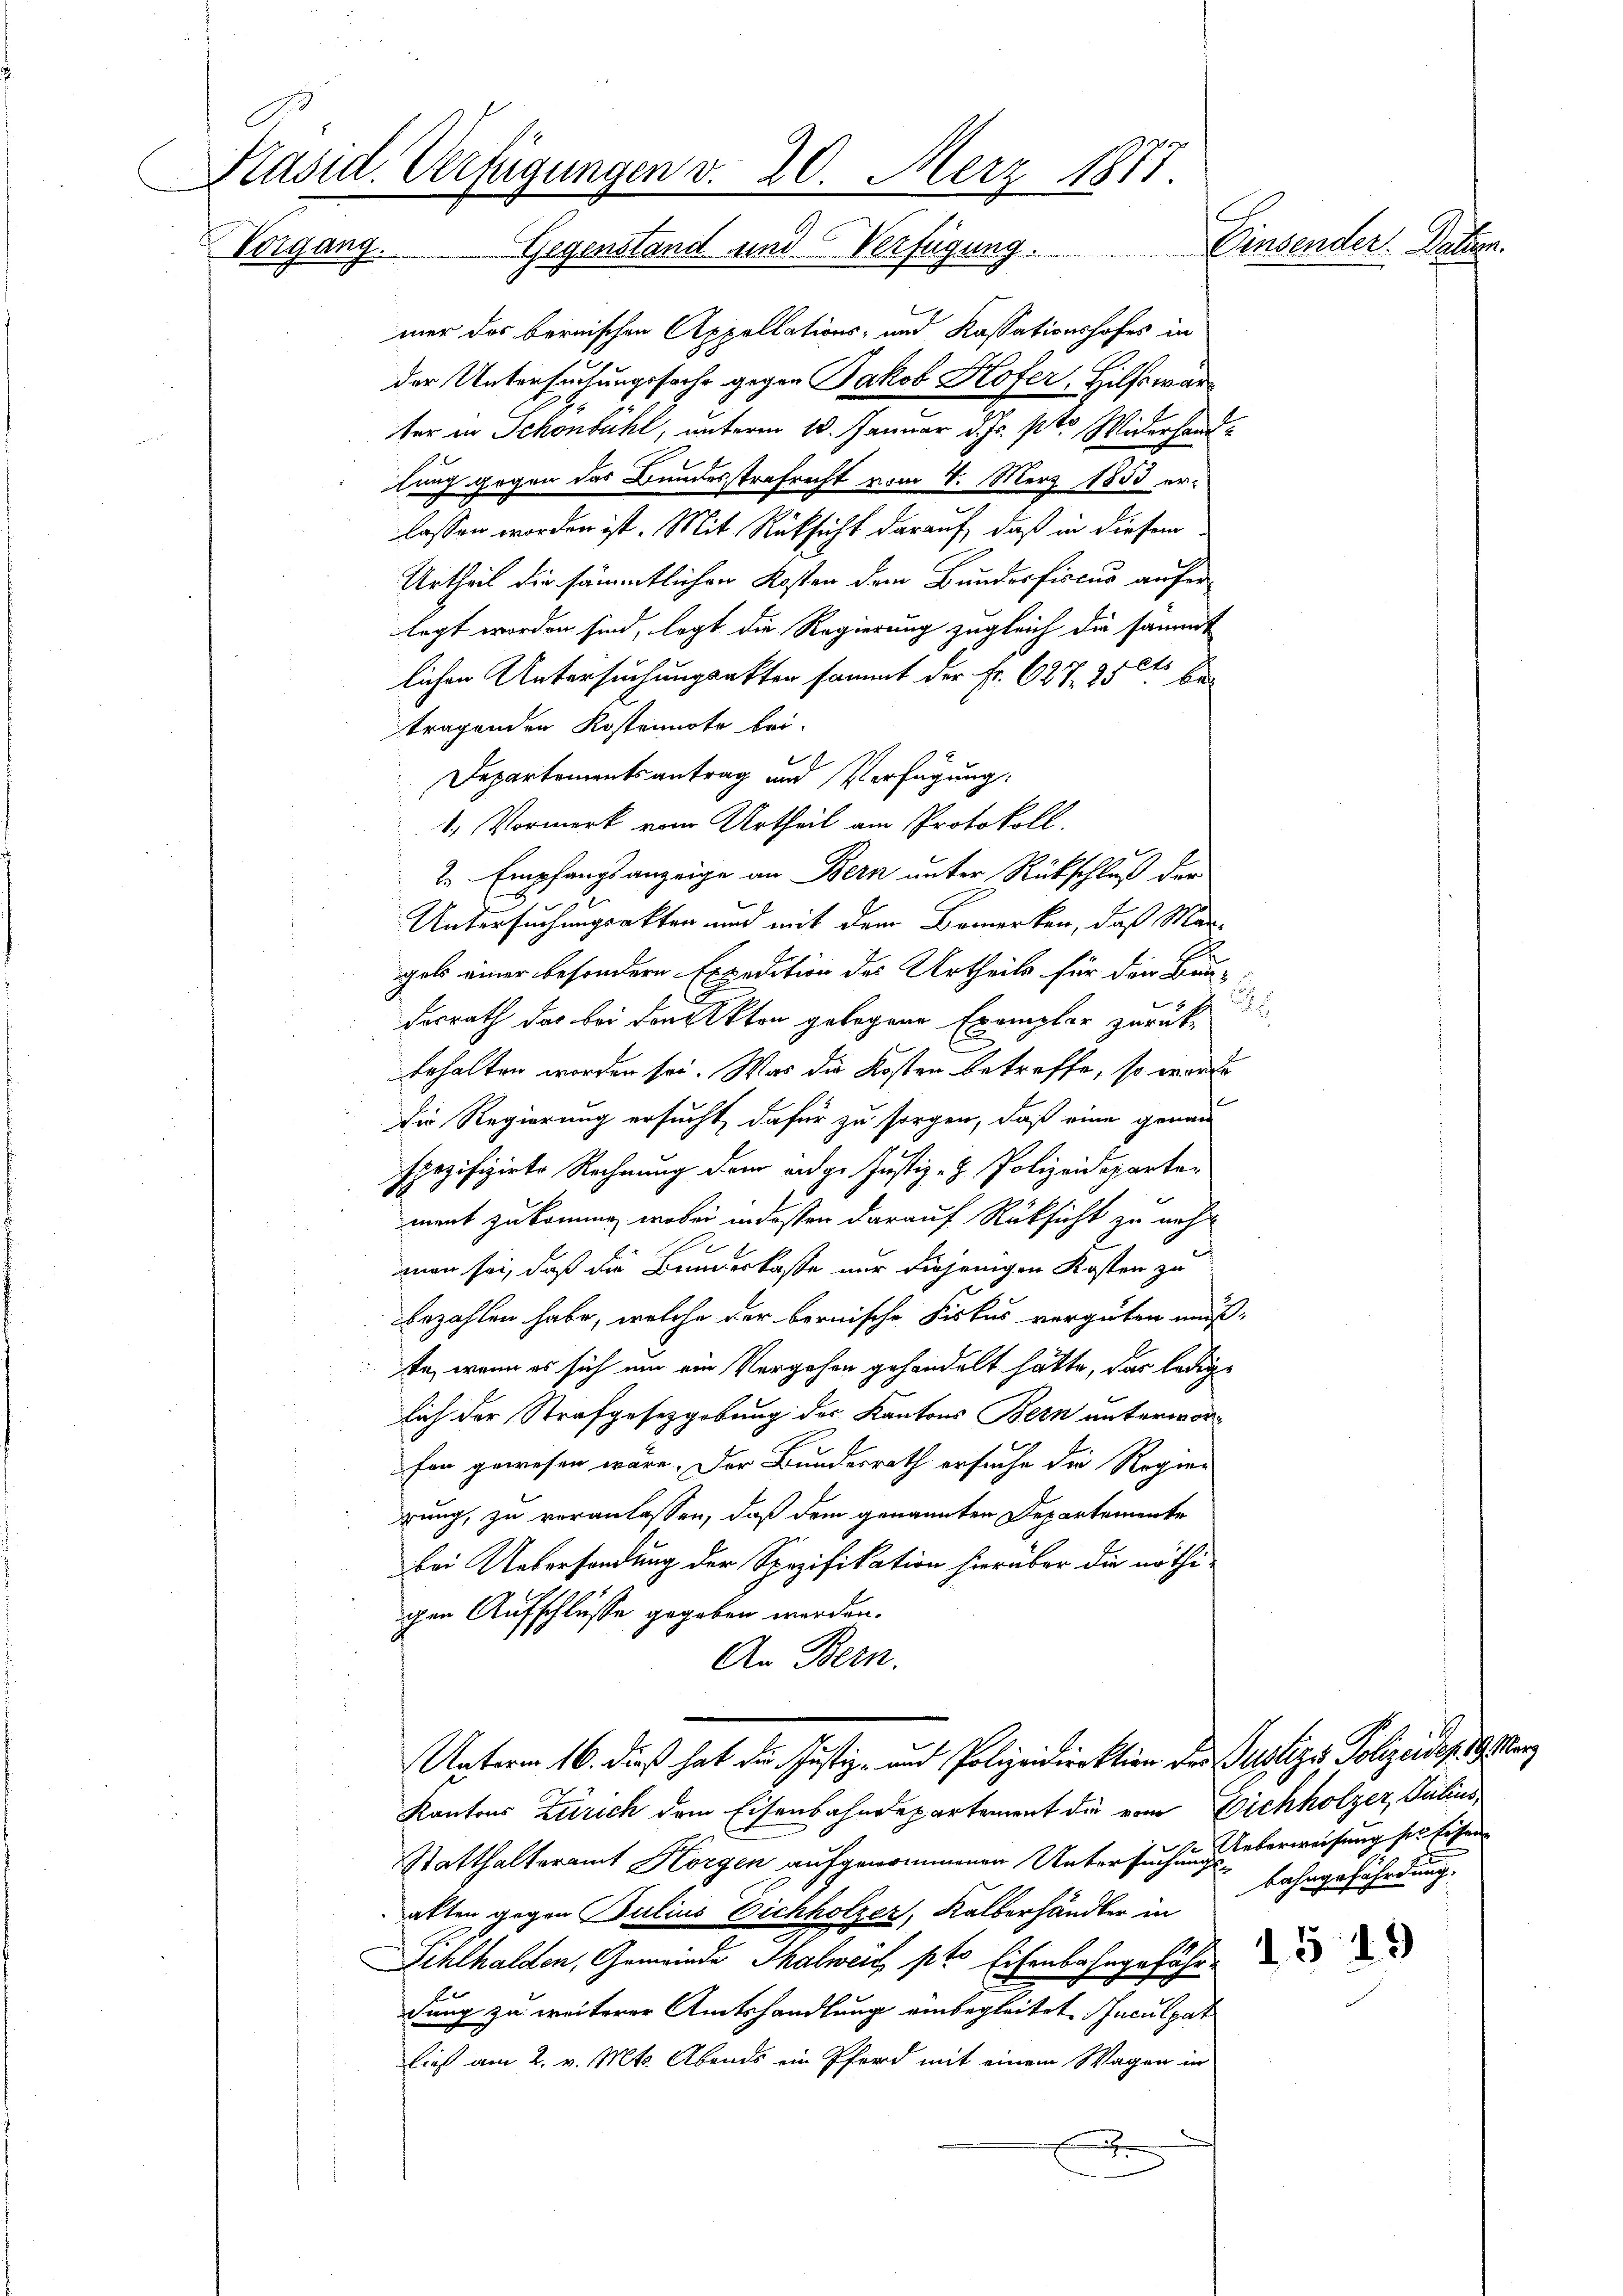
C
Präsid. Verfügungen v. 20. Merz 1877.
Vorgang. Gegenstand und Verfügung. Einsender. Datum.

mer das bernischen Appellations- und Kassationshofes in
der Untersuchungssache gegen Jakob Hofer, Hilfswärter in Schönbühl, unterm 10. Januar d. Js. pto Widerhandlung gegen das Bundesstrafrecht vom 4. März 1853 erlassen worden ist. Mit Rücksicht darauf, daß in diesem
Urtheil die sämmtlichen Kosten dem Bunderfiscus auferlegt worden sind, legt die Regierung zugleich die sämmt
lichen Untersuchungsakter sammt der Fr. 627. 25 t betragenden Kostennote bei.
e
Departementsantrag und Verfügung:
1.) Vormerk vom Urtheil am Protokoll.
2. Empfangsanzeige an Bern unter Rückschluß der
Untersuchungsakten und mit dem Bemerken, daß Margeli einer besondern Expedition des Urtheils für die Bau-
dorrath das bei den Akten gelegene Exemplar zurückbehalten worden sei. Was die Kosten betreffe, so werde
Die Regierung ersucht, dafür zu sorgen, daß eine genau
spezifizirte Rechnung dem eidg. Justiz- & Polizeideparte¬
1
ment zukomme, wobei indessen darauf Rüksicht zu neh
man sei, daß die Bundeskasse nur diejenigen Kosten zu
bezahlen habe, welche der bernische Fiskus vergüten muß.
te, wenn es sich um ein Vergehen gehandelt hätte, das lediglich der Strafgesetzgebung des Kantons Bern unterworfon gewesen wäre. Der Bundesrath ersuche die Regier
rung, zu veranlassen, daß dem genannten Departemente
bei Uebersendung der Spezifikation hierüber die nöthigen Aufschlüsse gegeben werden.
An Bern.
Unterm 16. dieß hat der Justiz- und Polizeidirektion der Justiges Polizeides Her
Kantons Zürich dem Eisenbahndepartement die vom Eichholzer, Julius,
Statthalteramt Horgen aufgenommenen Untersuchung des Verweisung sei Eisen
alten gegen Julius Eichholzer, Kalberhändler in
Sihlhalden, Gemeinde Thalweis, pto Eisenbahngeführ
dung zu weiterer Amtshandlung einbegleitet. Inculpat
ließ am 2. v. Mts. Abends ein Pferd mit einem Wagen in
r

bahngefährdung